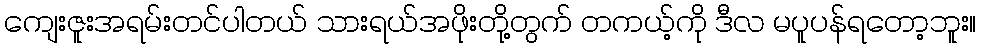
ကျေးဇူးအရမ်းတင်ပါတယ် သားရယ်အဖိုးတို့တွက် တကယ့်ကို ဒီလ မပူပန်ရတော့ဘူး။